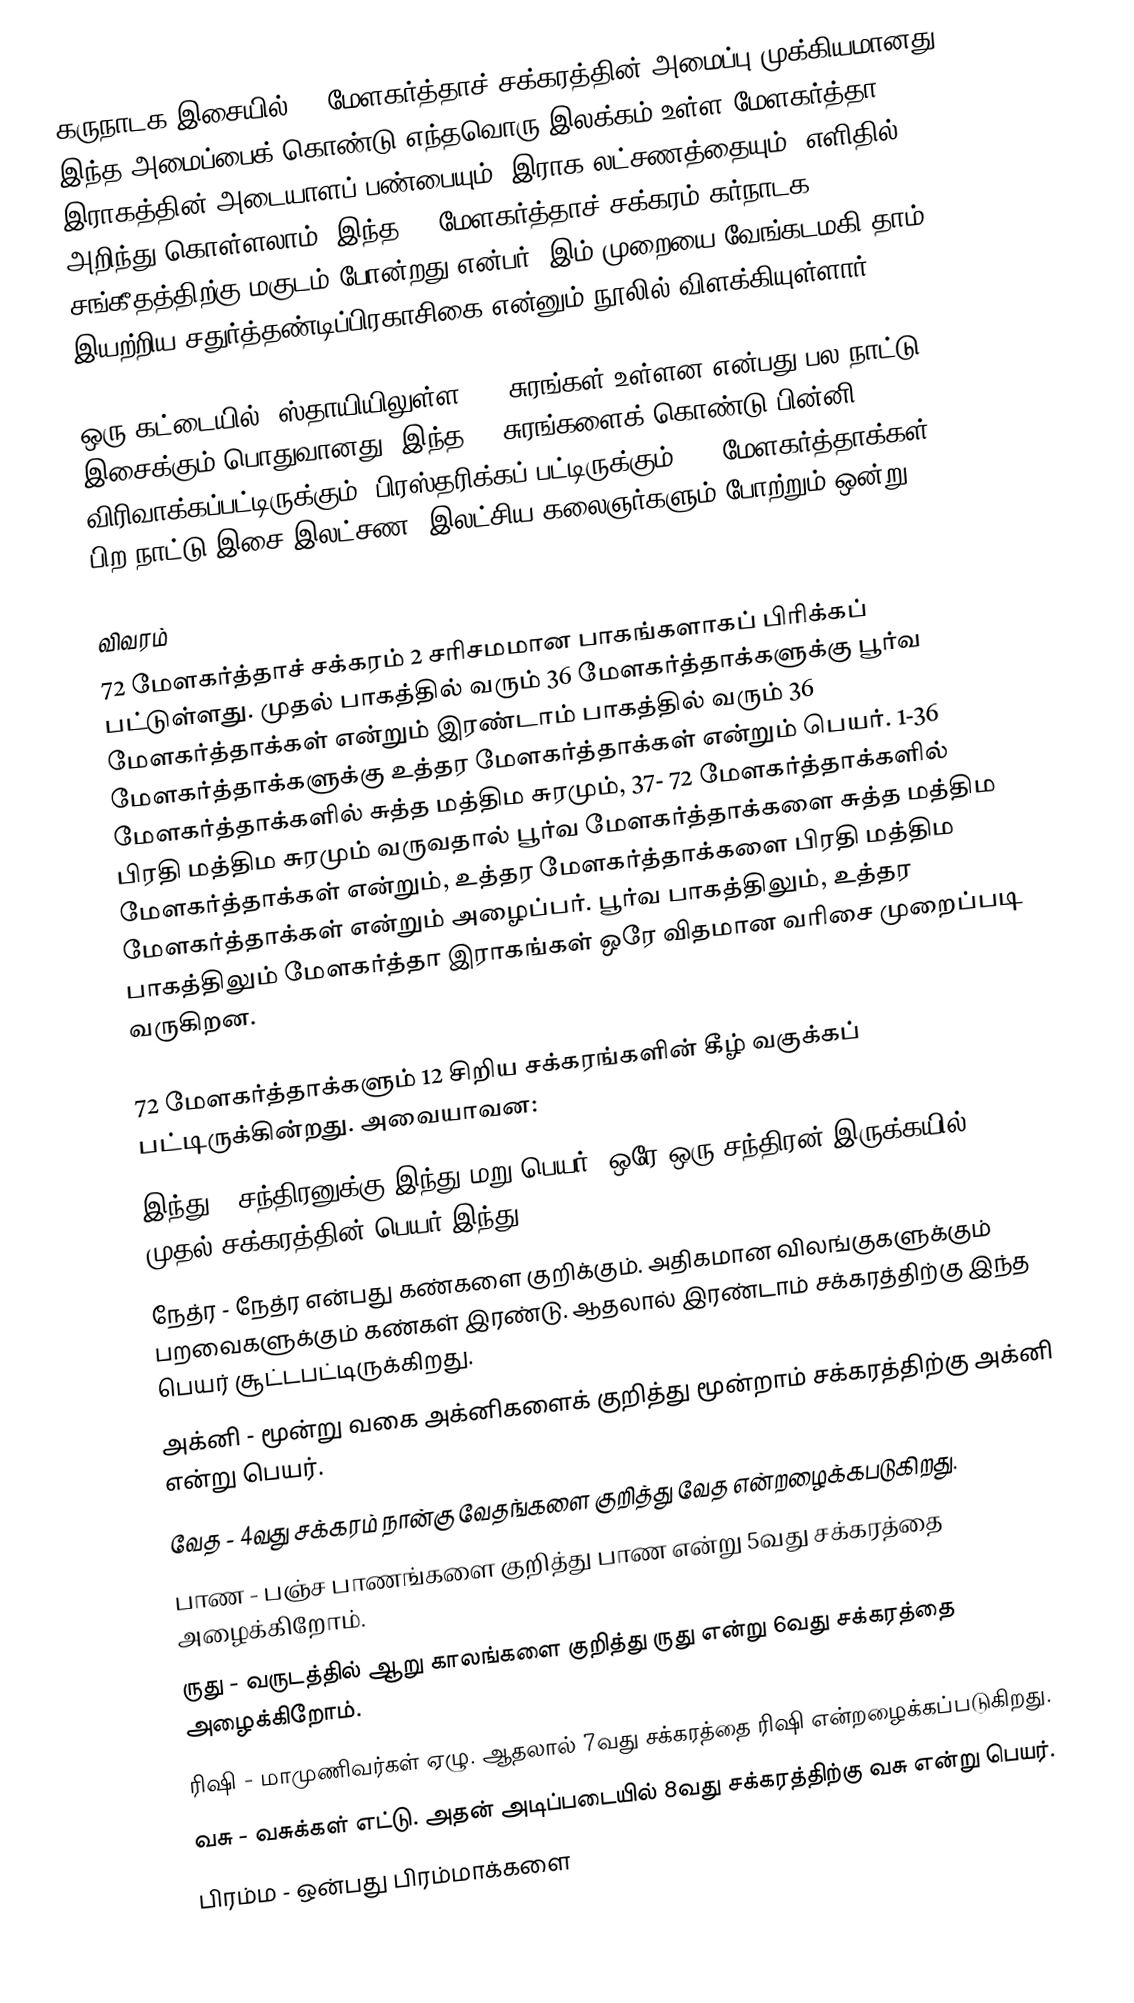
கருநாடக இசையில் 72 மேளகர்த்தாச் சக்கரத்தின் அமைப்பு முக்கியமானது. இந்த அமைப்பைக் கொண்டு எந்தவொரு இலக்கம் உள்ள மேளகர்த்தா இராகத்தின் அடையாளப் பண்பையும் (இராக லட்சணத்தையும்) எளிதில் அறிந்து கொள்ளலாம். இந்த 72 மேளகர்த்தாச் சக்கரம் கர்நாடக சங்கீதத்திற்கு மகுடம் போன்றது என்பர். இம் முறையை  வேங்கடமகி தாம் இயற்றிய சதுர்த்தண்டிப்பிரகாசிகை என்னும் நூலில் விளக்கியுள்ளார்.

ஒரு கட்டையில் (ஸ்தாயியிலுள்ள) 12 சுரங்கள் உள்ளன என்பது பல நாட்டு இசைக்கும் பொதுவானது. இந்த 12 சுரங்களைக் கொண்டு பின்னி விரிவாக்கப்பட்டிருக்கும் (பிரஸ்தரிக்கப் பட்டிருக்கும்) 72 மேளகர்த்தாக்கள், பிற நாட்டு இசை இலட்சண, இலட்சிய கலைஞர்களும் போற்றும் ஒன்று.

விவரம்
72 மேளகர்த்தாச் சக்கரம் 2 சரிசமமான பாகங்களாகப் பிரிக்கப் பட்டுள்ளது. முதல் பாகத்தில் வரும் 36 மேளகர்த்தாக்களுக்கு பூர்வ மேளகர்த்தாக்கள் என்றும் இரண்டாம் பாகத்தில் வரும் 36 மேளகர்த்தாக்களுக்கு உத்தர மேளகர்த்தாக்கள் என்றும் பெயர். 1-36 மேளகர்த்தாக்களில் சுத்த மத்திம சுரமும், 37- 72 மேளகர்த்தாக்களில் பிரதி மத்திம சுரமும் வருவதால் பூர்வ மேளகர்த்தாக்களை சுத்த மத்திம மேளகர்த்தாக்கள் என்றும், உத்தர மேளகர்த்தாக்களை பிரதி மத்திம மேளகர்த்தாக்கள் என்றும் அழைப்பர். பூர்வ பாகத்திலும், உத்தர பாகத்திலும் மேளகர்த்தா இராகங்கள் ஒரே விதமான வரிசை முறைப்படி வருகிறன.

72 மேளகர்த்தாக்களும் 12 சிறிய சக்கரங்களின் கீழ் வகுக்கப் பட்டிருக்கின்றது. அவையாவன:
 இந்து - சந்திரனுக்கு இந்து மறு பெயர். ஒரே ஒரு சந்திரன் இருக்கயில், முதல் சக்கரத்தின் பெயர் இந்து.
 நேத்ர - நேத்ர என்பது கண்களை குறிக்கும். அதிகமான விலங்குகளுக்கும் பறவைகளுக்கும் கண்கள் இரண்டு. ஆதலால் இரண்டாம் சக்கரத்திற்கு இந்த பெயர் சூட்டபட்டிருக்கிறது.
 அக்னி - மூன்று வகை அக்னிகளைக் குறித்து மூன்றாம் சக்கரத்திற்கு அக்னி என்று பெயர்.
 வேத - 4வது சக்கரம் நான்கு வேதங்களை குறித்து வேத என்றழைக்கபடுகிறது.
 பாண - பஞ்ச பாணங்களை குறித்து பாண என்று 5வது சக்கரத்தை அழைக்கிறோம்.
 ருது - வருடத்தில் ஆறு காலங்களை குறித்து ருது என்று 6வது சக்கரத்தை அழைக்கிறோம்.
 ரிஷி - மாமுணிவர்கள் ஏழு. ஆதலால் 7வது சக்கரத்தை ரிஷி என்றழைக்கப்படுகிறது.
 வசு - வசுக்கள் எட்டு. அதன் அடிப்படையில் 8வது சக்கரத்திற்கு வசு என்று பெயர்.
 பிரம்ம - ஒன்பது பிரம்மாக்களை